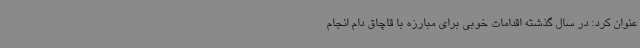
عنوان کرد: در سال گذشته اقدامات خوبی برای مبارزه با قاچاق دام انجام